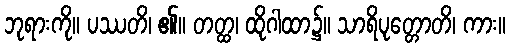
ဘုရားကို။ ပဿတိ၊ ၏။ တတ္ထ၊ ထိုဂါထာ၌။ သာရိပုတ္တောတိ၊ ကား။